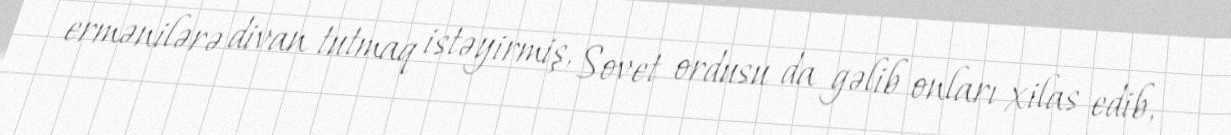
ermənilərə divan tutmaq istəyirmiş, Sovet ordusu da gəlib onları xilas edib,